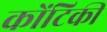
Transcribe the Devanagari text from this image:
कोंटिकी